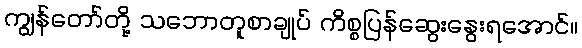
ကျွန်တော်တို့ သဘောတူစာချုပ် ကိစ္စပြန်ဆွေးနွေးရအောင်။